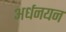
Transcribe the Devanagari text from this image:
अर्धनयन